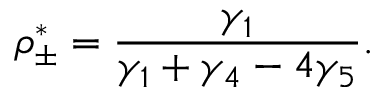
\rho _ { \pm } ^ { * } = \frac { \gamma _ { 1 } } { \gamma _ { 1 } + \gamma _ { 4 } - 4 \gamma _ { 5 } } .